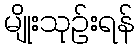
မျိုးသုဉ်းရန်